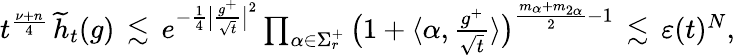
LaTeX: \begin{array}{r}{t^{\frac{\nu+n}{4}}\, \widetilde{h}_{t}(g)\, \lesssim\, e^{-\frac{1}{4}\big|\frac{g^{+}}{\sqrt{t}}\big|^{2}}\prod_{\alpha\in\Sigma_{r}^{+}}\big(1+\langle{\alpha,\frac{g^{+}}{\sqrt{t}}}\rangle\big)^{\frac{m_{\alpha}+m_{2\alpha}}{2}-1}\, \lesssim\, \varepsilon(t)^{N},}\end{array}